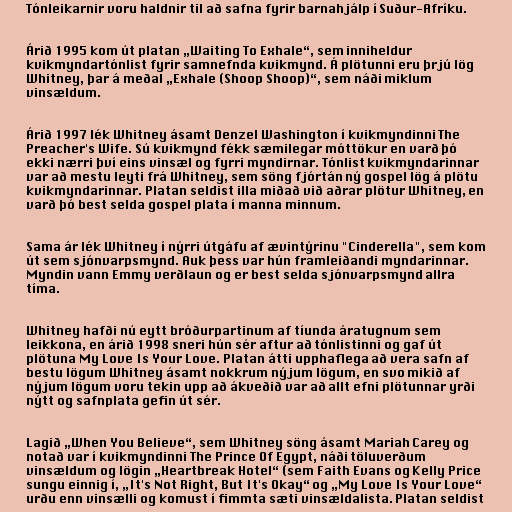
Tónleikarnir voru haldnir til að safna fyrir barnahjálp í Suður-Afríku.

Árið 1995 kom út platan „Waiting To Exhale“, sem inniheldur
kvikmyndartónlist fyrir samnefnda kvikmynd. Á plötunni eru þrjú lög
Whitney, þar á meðal „Exhale (Shoop Shoop)“, sem náði miklum
vinsældum.

Árið 1997 lék Whitney ásamt Denzel Washington í kvikmyndinni The
Preacher's Wife. Sú kvikmynd fékk sæmilegar móttökur en varð þó
ekki nærri því eins vinsæl og fyrri myndirnar. Tónlist kvikmyndarinnar
var að mestu leyti frá Whitney, sem söng fjórtán ný gospel lög á plötu
kvikmyndarinnar. Platan seldist illa miðað við aðrar plötur Whitney, en
varð þó best selda gospel plata í manna minnum.

Sama ár lék Whitney í nýrri útgáfu af ævintýrinu "Cinderella", sem kom
út sem sjónvarpsmynd. Auk þess var hún framleiðandi myndarinnar.
Myndin vann Emmy verðlaun og er best selda sjónvarpsmynd allra
tíma.

Whitney hafði nú eytt bróðurpartinum af tíunda áratugnum sem
leikkona, en árið 1998 sneri hún sér aftur að tónlistinni og gaf út
plötuna My Love Is Your Love. Platan átti upphaflega að vera safn af
bestu lögum Whitney ásamt nokkrum nýjum lögum, en svo mikið af
nýjum lögum voru tekin upp að ákveðið var að allt efni plötunnar yrði
nýtt og safnplata gefin út sér.

Lagið „When You Believe“, sem Whitney söng ásamt Mariah Carey og
notað var í kvikmyndinni The Prince Of Egypt, náði töluverðum
vinsældum og lögin „Heartbreak Hotel“ (sem Faith Evans og Kelly Price
sungu einnig í, „It's Not Right, But It's Okay“ og „My Love Is Your Love“
urðu enn vinsælli og komust í fimmta sæti vinsældalista. Platan seldist